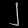
Digit: ၂